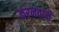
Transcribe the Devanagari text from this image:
करनवाने